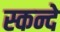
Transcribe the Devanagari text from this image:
स्कन्दे